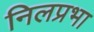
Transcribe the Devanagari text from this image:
निलप्रभा